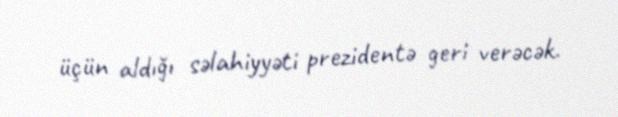
üçün aldığı səlahiyyəti prezidentə geri verəcək.